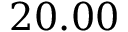
2 0 . 0 0